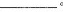
_。